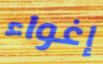
إغواء